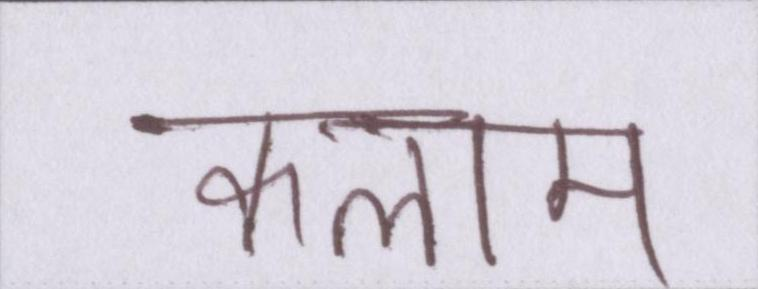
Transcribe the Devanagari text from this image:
कलाम